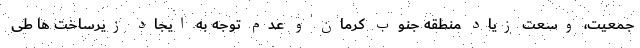
جمعیت، وسعت زیاد منطقه جنوب کرمان و عدم توجه به ایجاد زیرساخت ها طی